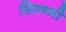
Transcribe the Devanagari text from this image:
सिलमी